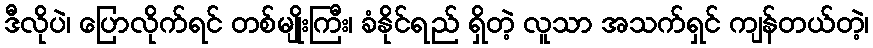
ဒီလိုပဲ၊ ပြောလိုက်ရင် တစ်မျိုးကြီး၊ ခံနိုင်ရည် ရှိတဲ့ လူသာ အသက်ရှင် ကျန်တယ်တဲ့၊